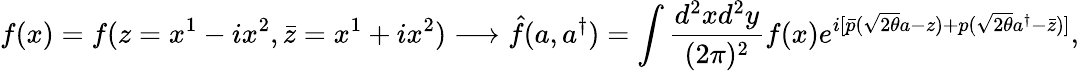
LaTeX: f(x)=f(z=x^{1}-ix^{2},\bar{z}=x^{1}+ix^{2})\longrightarrow\hat{f}(a,a^{\dagger})=\int\frac{d^{2}xd^{2}y}{(2\pi)^{2}}f(x)e^{i[\bar{p}(\sqrt{2\theta}a-z)+p(\sqrt{2\theta}a^{\dagger}-\bar{z})]},